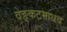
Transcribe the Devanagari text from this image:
वेङ्कटमाधव